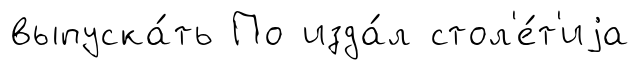
выпуска́ть По изда́л стол'е́т'иjа